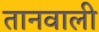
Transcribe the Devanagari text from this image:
तानवाली